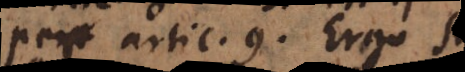
per artic. 9. Ergo si